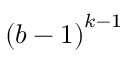
{ ( b - 1 ) } ^ { k - 1 }